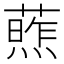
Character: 𫉧